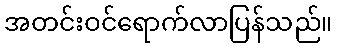
အတင်းဝင်ရောက်လာပြန်သည်။